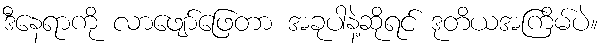
ဒီနေရာကို လာဖျော်ဖြေတာ အခုပါနဲ့ဆိုရင် ဒုတိယအကြိမ်ပဲ။